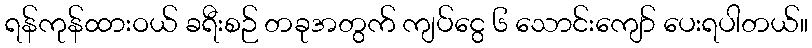
ရန်ကုန်ထားဝယ် ခရီးစဉ် တခုအတွက် ကျပ်ငွေ ၆ သောင်းကျော် ပေးရပါတယ်။